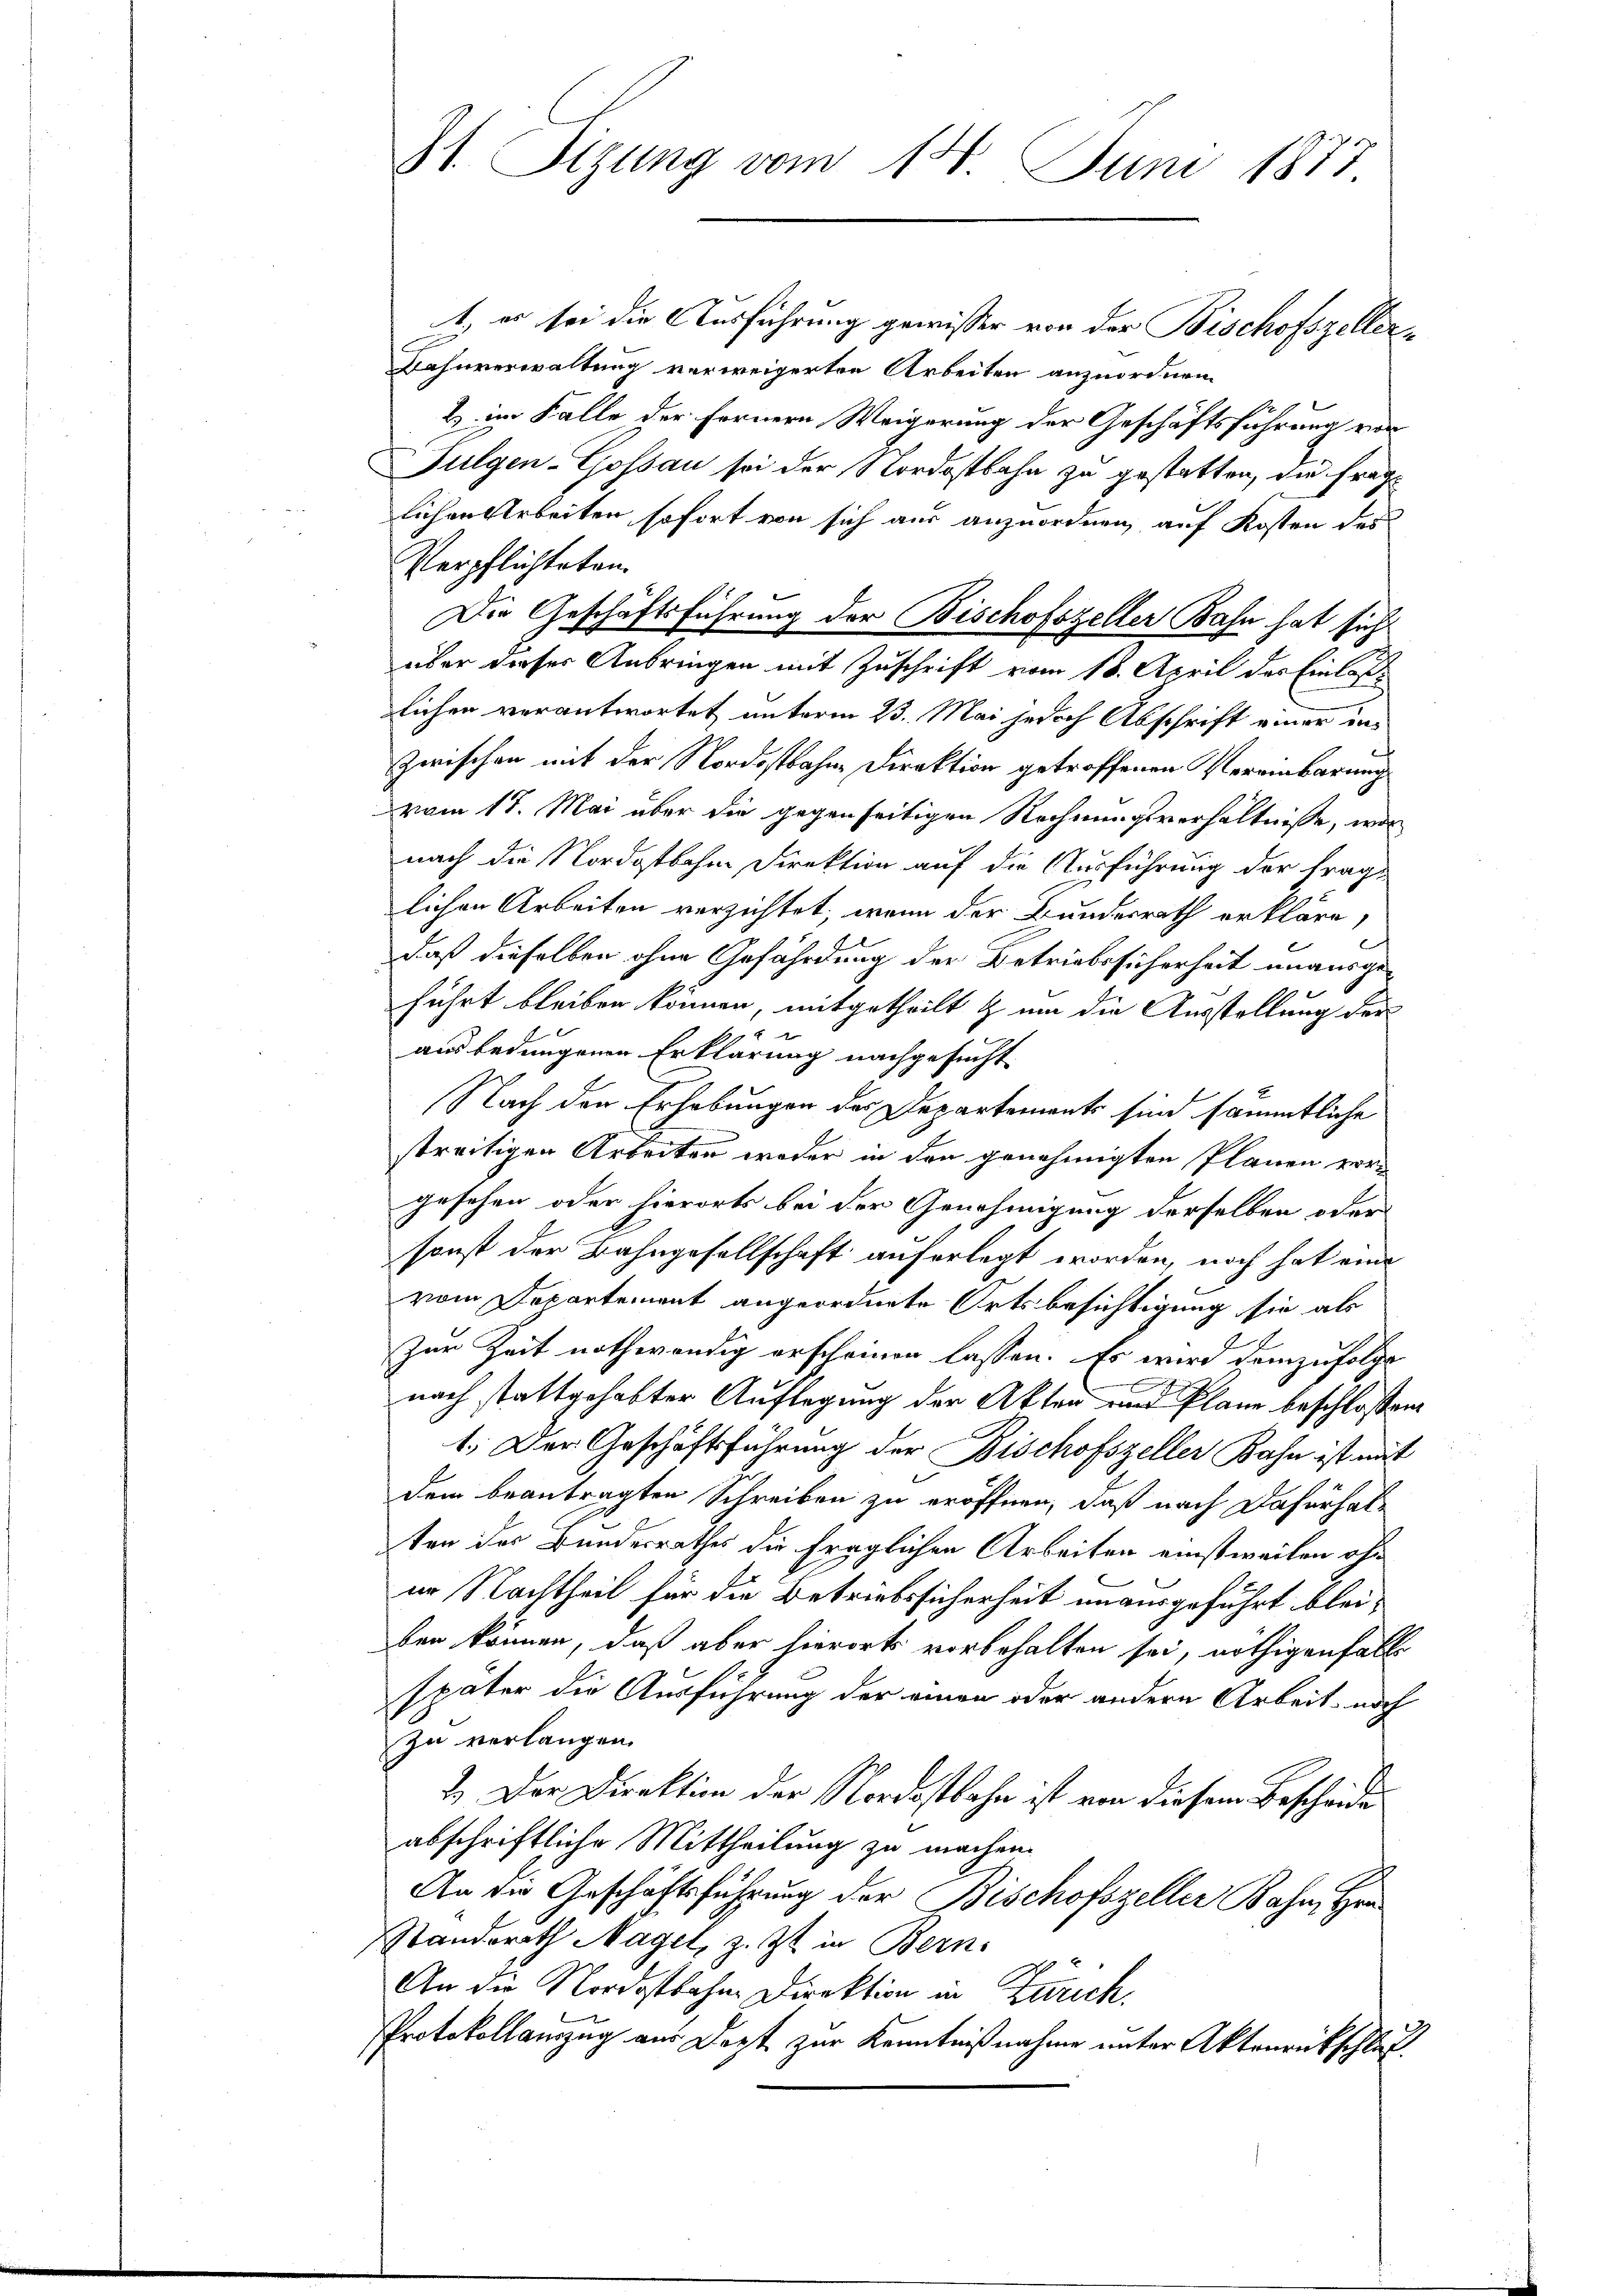
S1 Sizung vom 14. Juni 1873

1, er sei die Ausführung gewisser von der Bischofszellers
Bahnverwaltung verweigerten Arbeiten anzuordnen.
& im Falle der Fernern Weigerung der Geschäftsführung von
Fulgen-Gossau sei der Nordostbahn zu gestatten, die fraglichen Arbeiten sofort von sich aus anzuordnen, auf Kosten des
Verpflichteten.
Die Geschäftsführung der Bischofszeller Bahn hat sich
über dieser Anbringen mit Zuschrift vom 18. April der Einlaslichen verantwortet unterm 23. Mai jedoch Abschrift einer ins
zwischen mit der Nordostbahne Direktion getroffenen Vereinbarung
vom 17. Mai über die gegenseitigen Rechnungsverhältnisse, was
nach die Nordostbahne Direktion auf die Ausführung der fraglichen Arbeiten verzichtet, wenn der Bundesrath erkläre,
daß dieselben ohne Gefährdung der Betriebssicherheit unausgeführt bleiben können, mitgetheilt & um die Ausstellung der
ausbedungenen Erklärung nachgesucht.
Nach den Erhebungen des Departements sind sämmtliche
streitigen Arbeiten weder in den genehmigten Plänen era
gesehen oder hierorts bei der Genehmigung derselben oder
sonst der Bahngesellschaft auferlegt worden, noch hat eine
vom Departement angeordnete Ortsbesichtigung sie als
zur Zeit nothwendig erscheinen lassen. Es wird demzufolge
nach stattgehabter Auflegung der Akten und Pläne beschlossen.
1. Der Geschäftsführung der Bischofszeller Bahn ist mit
dem beantragten Schreiben zu eröffnen, daß nach dafürhalten der Bundesrathes die fraglichen Arbeiten einstweilen ohur Nachtheil für die Betriebssicherheit unausgeführt bleiben können, daß aber hierorts vorbehalten sei, nöthigenfalls
später die Ausführung der einen oder andern Arbeit noch
zu verlangen.
2.) Der Direktion der Nordostbahn ist von diesem Bescheide
abschriftliche Mittheilung zu machen.
An die Geschäftsführung der Bischofszeller Bahn, Her
Standsrath Nagel, z. Zt. in Bern,
An die Nordostbahne Direktion in Zürich.
Protokollauszug aus Dort zur Kenntnißnahme unter Aktenrückschluß.